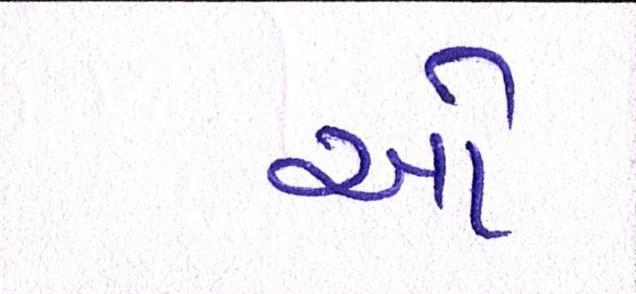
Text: ઓ